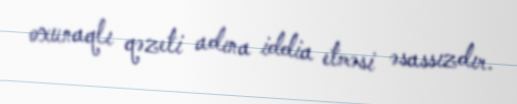
oxunaqlı qəzeti adına iddia etməsi əsassızdır.